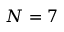
N = 7